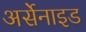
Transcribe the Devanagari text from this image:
अर्सेनाइड